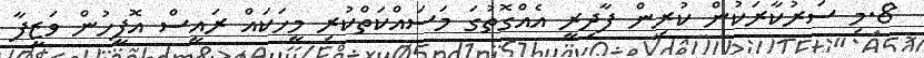
8.މި ސަރުކާރަކުން ކުރިން ފާދިރީ އެއްގޮތުގަ މަސައްކަތްކުރި މީހަކައް ރައީސް އޮފީހުން ވަޒީފާ